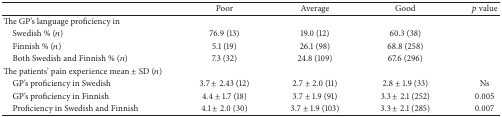
|  | Poor | Average | Good | p value |
 | --- | --- | --- | --- | --- |
 | The GP's language proficiency in |  |  |  |  |
 | Swedish % (n) | 76.9 (13) | 19.0 (12) | 60.3 (38) |  |
 | Finnish % (n) | 5.1 (19) | 26.1 (98) | 68.8 (258) |  |
 | Both Swedish and Finnish % (n) | 7.3 (32) | 24.8 (109) | 67.6 (296) |  |
 | The patients' pain experience mean ± SD (n) |  |  |  |  |
 | GP's proficiency in Swedish | 3.7 ± 2.43 (12) | 2.7 ± 2.0 (11) | 2.8 ± 1.9 (33) | Ns |
 | GP's proficiency in Finnish | 4.4 ± 1.7 (18) | 3.7 ± 1.9 (91) | 3.3 ± 2.1 (252) | 0.005 |
 | Proficiency in Swedish and Finnish | 4.1 ± 2.0 (30) | 3.7 ± 1.9 (103) | 3.3 ± 2.1 (285) | 0.007 |